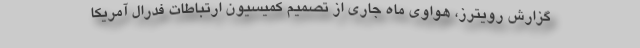
گزارش رویترز، هواوی ماه جاری از تصمیم کمیسیون ارتباطات فدرال آمریکا